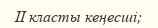
II класты кеңесші;